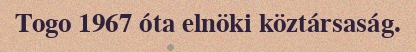
Togo 1967 óta elnöki köztársaság.